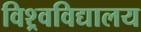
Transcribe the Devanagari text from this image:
विश्र्वविद्यालय